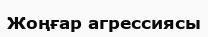
Жоңғар агрессиясы